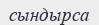
сындырса